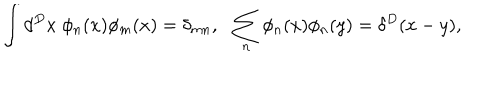
LaTeX: \int d ^ { D } x \; \phi _ { n } ( x ) \phi _ { m } ( x ) = \delta _ { m n } , \: \: \: \sum _ { n } \phi _ { n } ( x ) \phi _ { n } ( y ) = \delta ^ { D } ( x - y ) ,